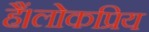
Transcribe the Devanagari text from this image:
हैं।लोकप्रिय